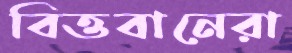
বিত্তবানেরা